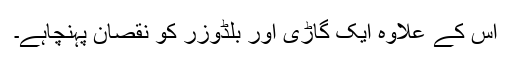
اس کے علاوہ ایک گاڑی اور بلڈوزر کو نقصان پہنچاہے۔